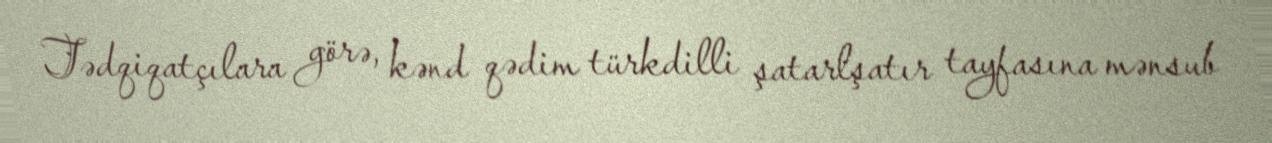
Tədqiqatçılara görə, kənd qədim türkdilli şatarlşatır tayfasına mənsub